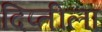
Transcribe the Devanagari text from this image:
दिप्तीला